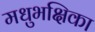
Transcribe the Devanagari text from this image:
मधुभक्षिका